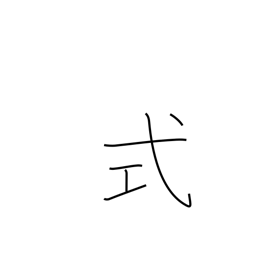
Meaning: ceremony